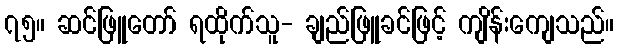
၇၅။ ဆင်ဖြူတော် ရထိုက်သူ- ချည်ဖြူခင်ဖြင့် ကျိန်းကျေသည်။